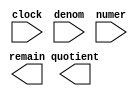
module divider (
	clock,
	denom,
	numer,
	quotient,
	remain);

	input	  clock;
	input	[4:0]  denom;
	input	[10:0]  numer;
	output	[10:0]  quotient;
	output	[4:0]  remain;

endmodule